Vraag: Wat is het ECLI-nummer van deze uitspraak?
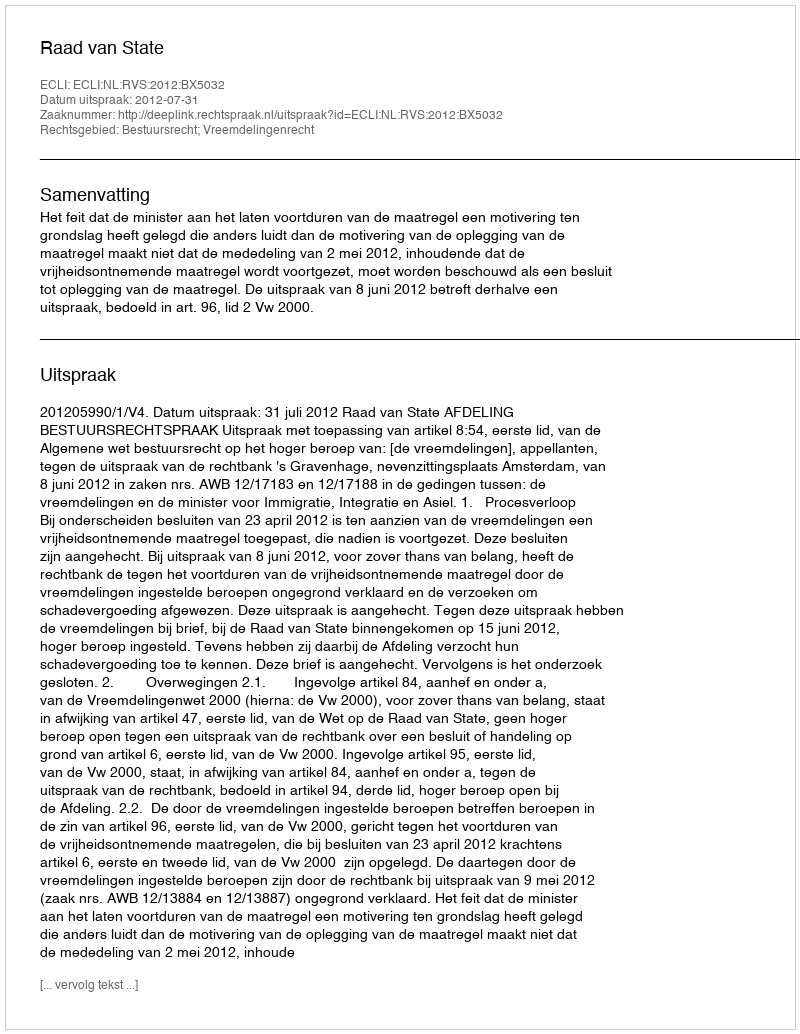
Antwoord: ECLI:NL:RVS:2012:BX5032